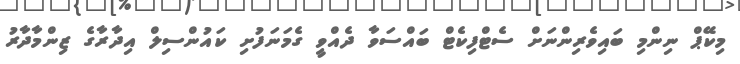
މިކޭޕް ނިންމި ބައިވެރިންނަށް ސެޓްފިކެޓް ބައްސަވާ ދެއްވީ ގެމަނަފުށި ކައުންސިލް އިދާރާގެ ޒިންމާދާރު